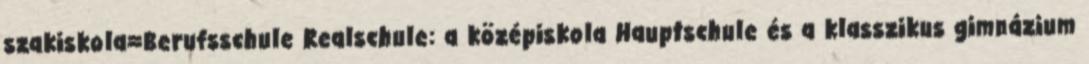
szakiskola=Berufsschule Realschule: a középiskola Hauptschule és a klasszikus gimnázium